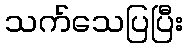
သက်သေပြပြီး